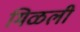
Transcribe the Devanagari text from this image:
मिळली